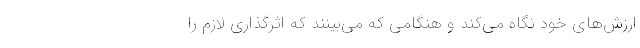
ارزش‌های خود نگاه می‌كند و هنگامی كه می‌بینند كه اثرگذاری لازم را